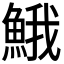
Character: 𩷦